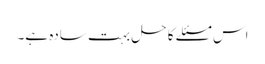
اس مسئلے کا حل بہت سادہ ہے۔